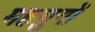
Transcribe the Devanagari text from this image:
महयुगों